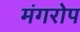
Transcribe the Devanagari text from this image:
मंगरोप